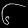
Digit: ၆